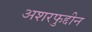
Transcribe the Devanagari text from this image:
अशरफुद्दीन